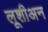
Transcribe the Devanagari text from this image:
लूशीअन